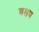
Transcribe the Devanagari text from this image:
बसप